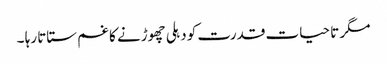
مگر تا حیات قدرت کو دہلی چھوڑنے کا غم ستاتا رہا ۔